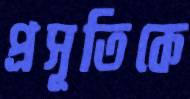
প্রসূতিকে